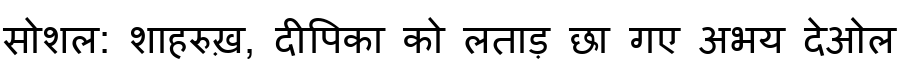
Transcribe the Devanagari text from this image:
सोशल: शाहरुख़, दीपिका को लताड़ छा गए अभय देओल